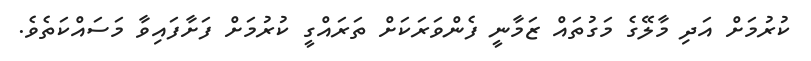
ކުރުމަށް އަދި މާލޭގެ މަގުތައް ޒަމާނީ ފެންވަރަކަށް ތަރައްގީ ކުރުމަށް ފަށާފައިވާ މަސައްކަތެވެ.